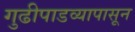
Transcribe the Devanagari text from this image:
गुढीपाडव्यापासून